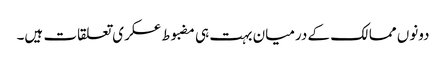
دونوں ممالک کے درمیان بہت ہی مضبوط عسکری تعلقات ہیں۔